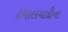
ટપાલયાદીના